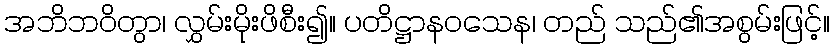
အဘိဘဝိတွာ၊ လွှမ်းမိုးဖိစီး၍။ ပတိဋ္ဌာနဝသေန၊ တည် သည်၏အစွမ်းဖြင့်။